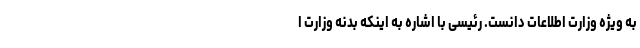
به ویژه وزارت اطلاعات دانست. رئیسی با اشاره به اینکه بدنه وزارت ا